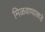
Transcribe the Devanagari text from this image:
मिळवण्याकडे